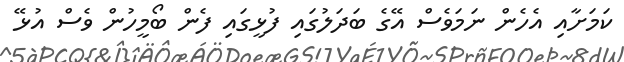
ކަމަށާއި އެހެން ނަމަވެސް އޭގެ ބަދަލުގައި ފުޅީގައި ފެން ބޯމީހުން ވެސް އުޅޭ